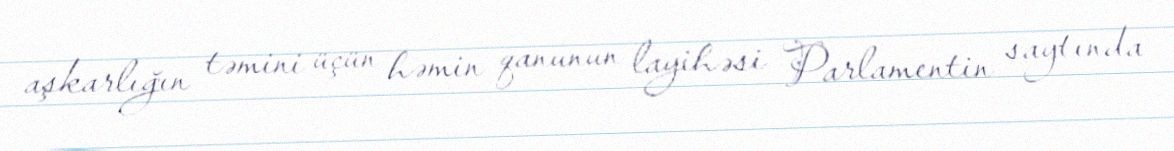
aşkarlığın təmini üçün həmin qanunun layihəsi Parlamentin saytında